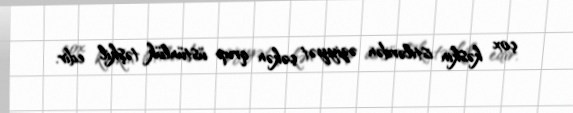
çox kəskin istilərdən əziyyət çəkən qrup üstünlük təşkil edir.